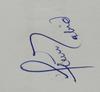
Signature authenticity: genuine